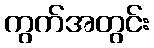
ကွက်အတွင်း